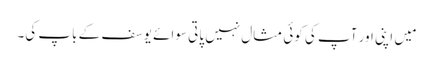
مَیں اپنی اور آپ کی کوئی مثال نہیں پاتی سوائے یوسف کے باپ کی۔